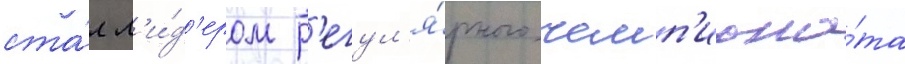
ста́л л'и́д'ером р'егул'я́рного чемп'иона́та